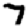
Digit: 7